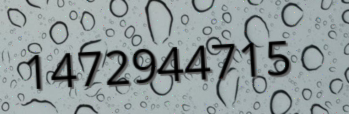
1472944715